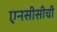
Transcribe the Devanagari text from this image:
एनसीसीची